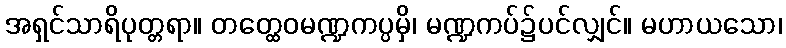
အရှင်သာရိပုတ္တရာ။ တတ္ထေဝမဏ္ဍကပ္ပမှိ၊ မဏ္ဍကပ်၌ပင်လျှင်။ မဟာယသော၊